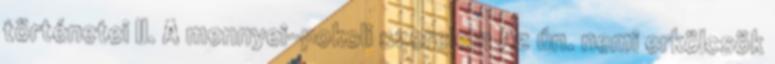
történetei II. A mennyei-pokoli szerelem Az ún. nemi erkölcsök